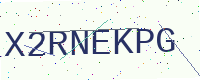
Text: X2RNEKPG